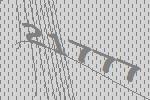
21777